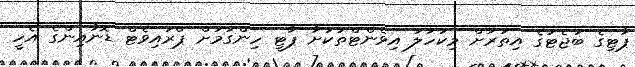
ޕާޓިގެ ބަޖެޓުގެ އިތުރަށް މިކަހަލަ އިވެންޓްތަކަށާ ޕާޓީ ހިންގުމަށް ޕްރައިވެޓް ޑޮނާއިންގެ އެހީ